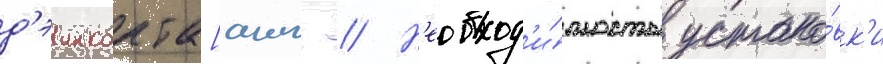
д'эинкорта[англ. // Н'еобход'и́мость устано́вк'и